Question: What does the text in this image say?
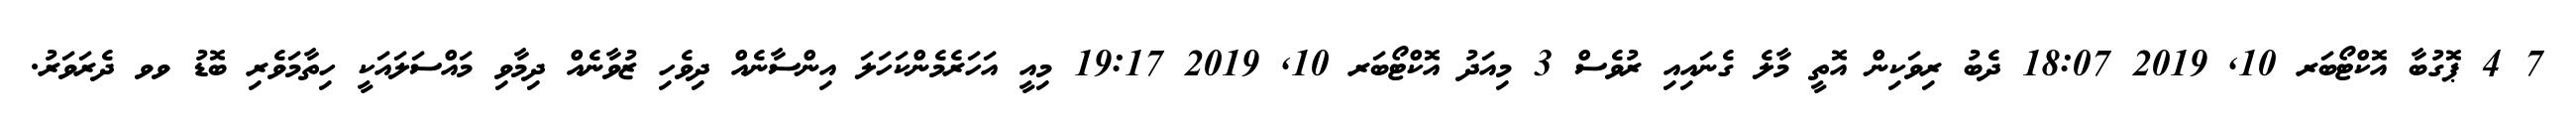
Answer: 7 4 ޕޮގުބާ އޮކްޓޯބަރ 10, 2019 18:07 ދެބު ރިވަކިން އޮތީ މާލެ ގެނައިއި ރުވެސް 3 މިއަދު އޮކްޓޯބަރ 10, 2019 19:17 މިއީ އަހަރެމެންކަހަލަ އިންސާނެއް ދިވެހި ޒުވާނެއް ދިމާވި މައްސަލައަކީ ހިތާމަވެރި ބޮޑު ވވ ދެރަވަރު.